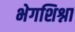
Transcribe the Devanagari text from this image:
भेगशिश्ना